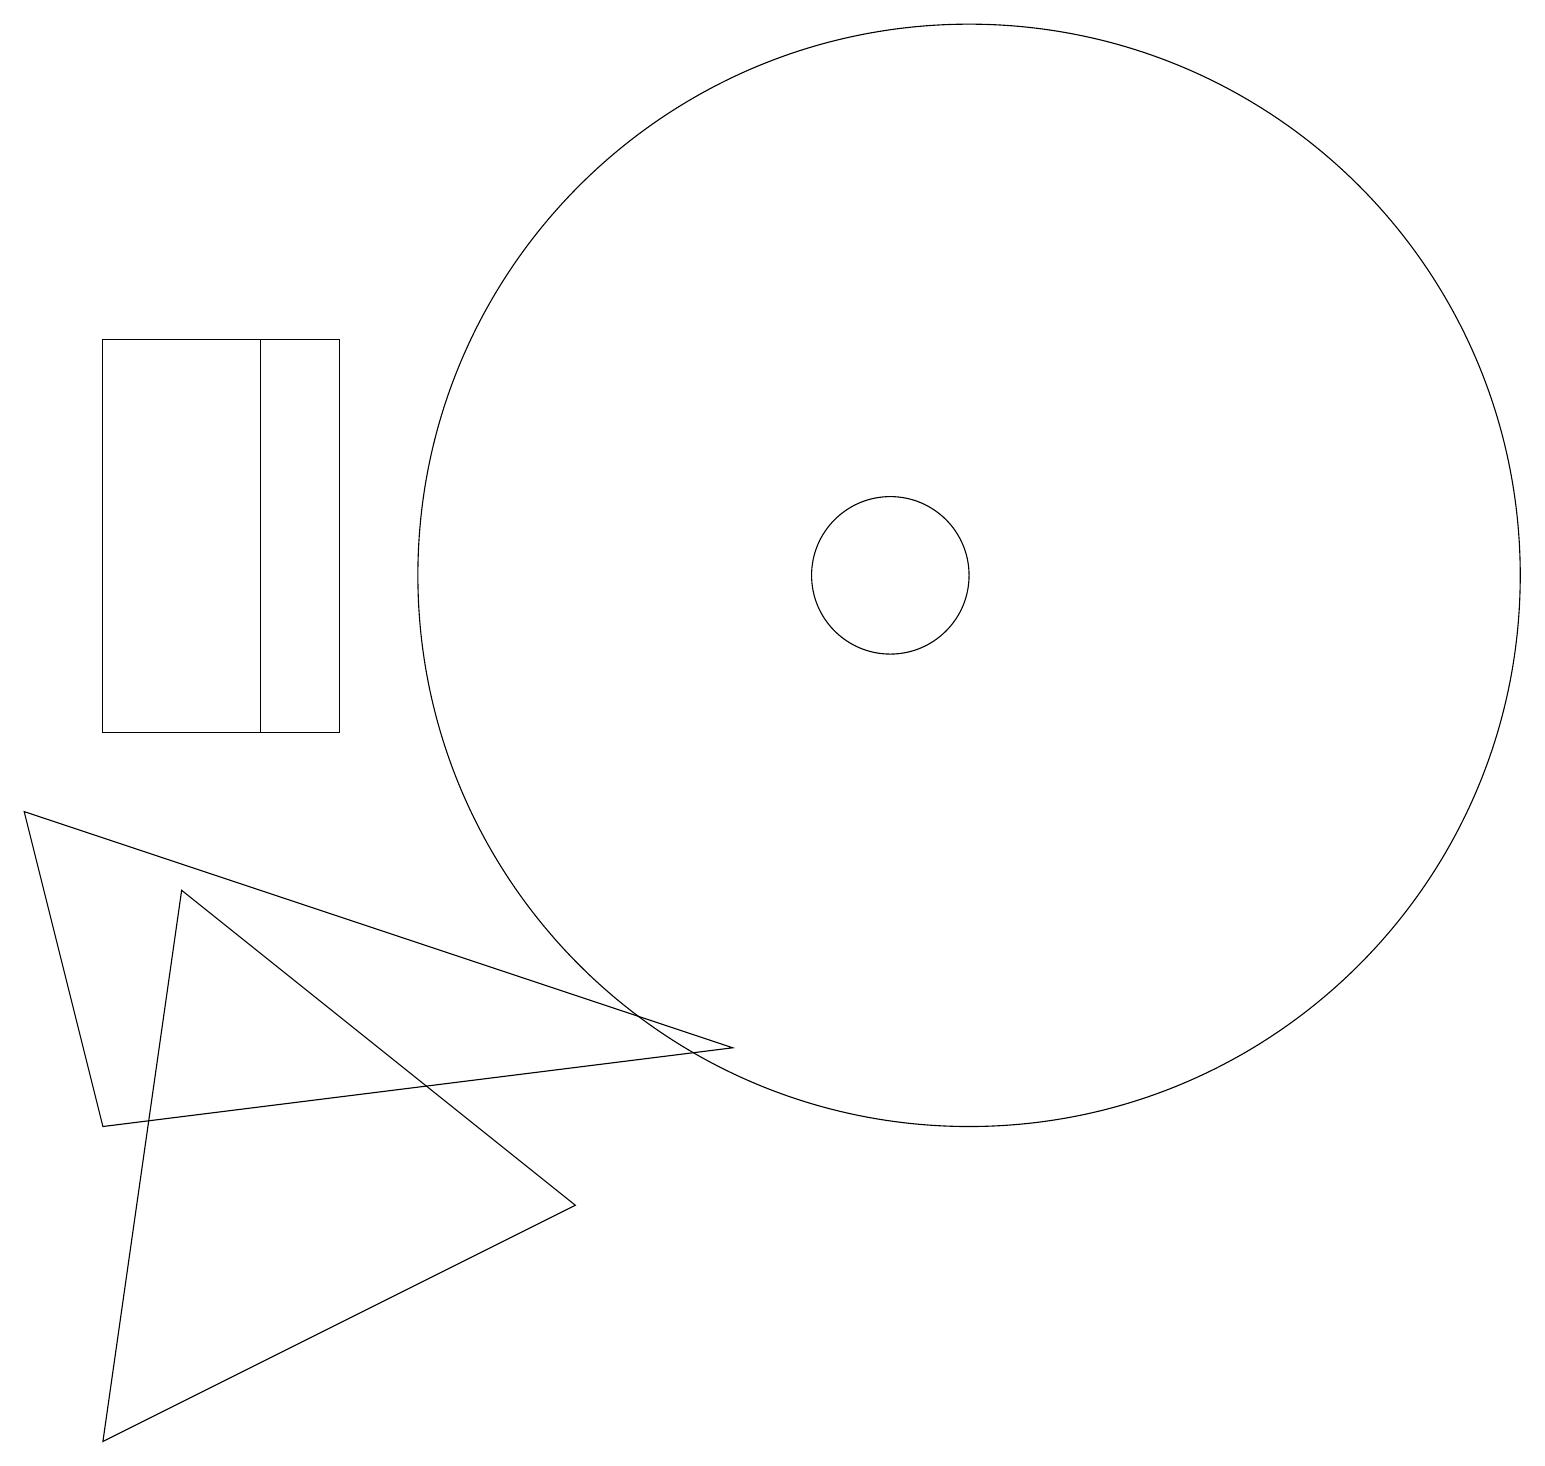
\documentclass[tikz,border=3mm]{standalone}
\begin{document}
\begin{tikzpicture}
\draw (11,12) circle (1);
\draw (0,9) -- (1,5) -- (9,6) -- cycle;
\draw (2,8) -- (1,1) -- (7,4) -- cycle;
\draw (12,12) circle (7);
\draw (3,10) rectangle (4,15);
\draw (1,15) rectangle (3,10);
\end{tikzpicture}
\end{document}